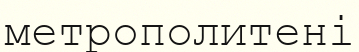
метрополитені